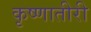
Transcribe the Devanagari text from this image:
कृष्णातीरी